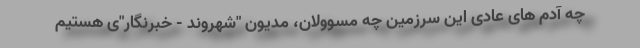
چه آدم های عادی این سرزمین چه مسوولان، مدیون "شهروند - خبرنگار"ی هستیم